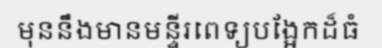
មុននឹងមានមន្ទីរពេទ្យបង្អែកដ៏ធំ